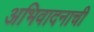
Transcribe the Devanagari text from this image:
अभिवादनाची